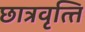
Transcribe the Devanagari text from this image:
छात्रवृत्‍ति